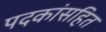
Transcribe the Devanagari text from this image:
पदकांसहित